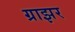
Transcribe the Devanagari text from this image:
ग्राझर